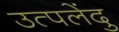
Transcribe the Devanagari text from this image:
उत्पलेंदु